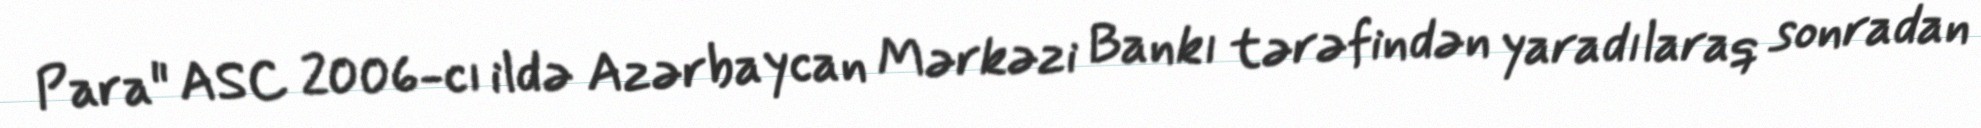
Para" ASC 2006-cı ildə Azərbaycan Mərkəzi Bankı tərəfindən yaradılaraq sonradan